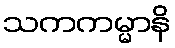
သကကမ္မာနိ